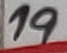
Text: 19